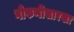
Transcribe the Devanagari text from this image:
गोफणीसारखा